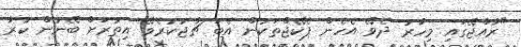
"ރާއްޖޭގައި މިހާރު ދެވޭ އެހެން ޕެކޭޖްތަކުން އެބަ ޗާޖުކުރެވޭ އިތުރަށް ބޭނުން ކުރާ